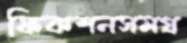
ফিকশনসমগ্র